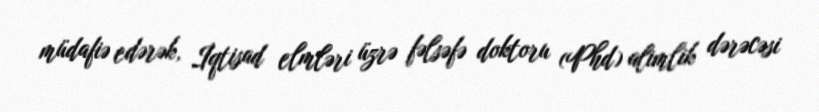
müdafiə edərək, İqtisad elmləri üzrə fəlsəfə doktoru (Phd) alimlik dərəcəsi